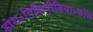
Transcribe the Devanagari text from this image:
डोश॰विकिपीडिया॰कॉम